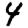
Digit: 4